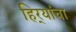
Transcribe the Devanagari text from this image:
हिर्‍यांचा